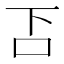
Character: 𠮴